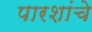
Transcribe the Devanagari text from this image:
पारशांचे